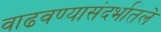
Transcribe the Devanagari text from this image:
वाढवण्यासंदर्भातले